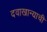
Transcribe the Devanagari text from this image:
दवाखान्याची